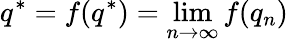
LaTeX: q^{*}=f(q^{*})=\operatorname*{lim}_{n\to\infty}f(q_{n})